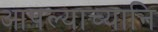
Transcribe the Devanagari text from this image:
आपल्याच्यानि